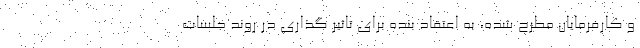
و کارفرمایان مطرح شده، به اعتقاد بنده برای تاثیر گذاری در روند جلسات